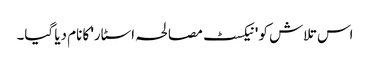
اس تلاش کو 'نیکسٹ مصالحہ اسٹار' کا نام دیا گیا۔